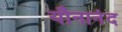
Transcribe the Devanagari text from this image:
यौनानंद